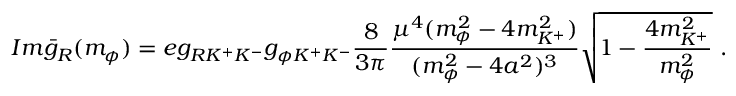
I m \bar { g } _ { R } ( m _ { \phi } ) = e g _ { R K ^ { + } K ^ { - } } g _ { \phi K ^ { + } K ^ { - } } \frac { 8 } { 3 \pi } \frac { \mu ^ { 4 } ( m _ { \phi } ^ { 2 } - 4 m _ { K ^ { + } } ^ { 2 } ) } { ( m _ { \phi } ^ { 2 } - 4 a ^ { 2 } ) ^ { 3 } } \sqrt { 1 - \frac { 4 m _ { K ^ { + } } ^ { 2 } } { m _ { \phi } ^ { 2 } } } \ .